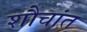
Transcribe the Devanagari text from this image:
शौचांत